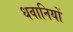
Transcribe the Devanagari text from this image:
धवानियों